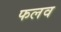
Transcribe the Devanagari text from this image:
फलव